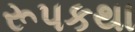
રૂપકથા